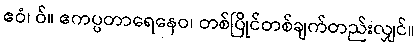
ဧဝံ၊ ဝ်။ ဧကပ္ပတာရေနေဝ၊ တစ်ပြိုင်တစ်ချက်တည်းလျှင်။